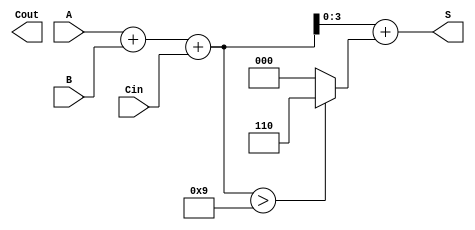
module BCD_Ripple_Carry_Adder (
    input [3:0] A,      // BCD digit A
    input [3:0] B,      // BCD digit B
    input Cin,          // Carry-in
    output reg [3:0] S, // BCD Sum output
    output reg Cout     // Carry-out
);
    wire [4:0] sum;  // 5-bit sum to accommodate carry
    wire [3:0] corrected_sum;
    
    // Full Adder for BCD addition
    assign sum = A + B + Cin;

    // Check if sum is greater than 9 (1001 in binary)
    wire correction_needed;
    assign correction_needed = (sum > 9);

    // Corrected Sum (if needed)
    assign corrected_sum = sum + (correction_needed ? 4'b0110 : 4'b0000);

    // Assign outputs
    always @(*) begin
        S = corrected_sum[3:0]; // Take the lower 4 bits as the final sum
        Cout = corrected_sum[4]; // Carry-out if bit 4 is set
    end
endmodule